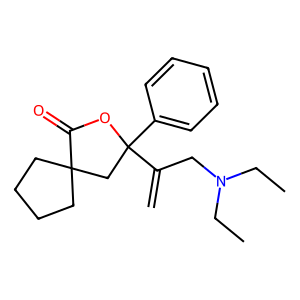
SMILES: C=C(CN(CC)CC)C1(c2ccccc2)CC2(CCCC2)C(=O)O1
Inhibits HIV replication: No